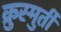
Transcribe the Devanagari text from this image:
क्रुस्मुर्ती